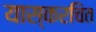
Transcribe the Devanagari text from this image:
यास्करचित